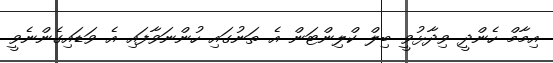
އިމާމް ހެންދީ ވިދާޅުވީ ބިލް ކްލިންޓަން އެ ތަނުގައި ހުންނަވާފައި އެ ވަޑައިގެންނެވީ